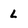
Character: L